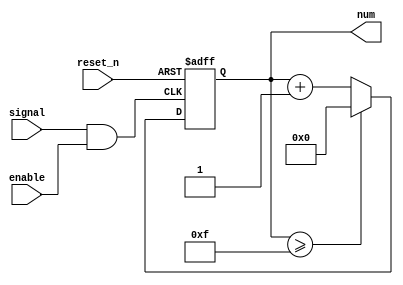
module counter(num, signal, enable, reset_n);

parameter WIDTH = 4,
          MAX = (1 << WIDTH) - 1;

output reg [WIDTH - 1:0] num = 0;
input signal, enable, reset_n;

wire enabled_signal = signal & enable;

always @(posedge enabled_signal or negedge reset_n) begin
    if(~reset_n)
        num <= 0;
    else if (num >= MAX)
        num <= 0;
    else
        num <= num + 1'b1;
end

endmodule